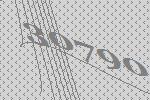
30790